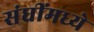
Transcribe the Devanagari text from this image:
संघींमध्ये